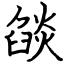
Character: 燄